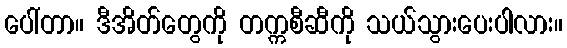
ပေါ်တာ။ ဒီအိတ်တွေကို တက္ကစီဆီကို သယ်သွားပေးပါလား။